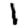
Digit: 1